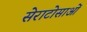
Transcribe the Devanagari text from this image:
सेराटोसाओं